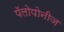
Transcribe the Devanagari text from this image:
पॅलोपोनीज़